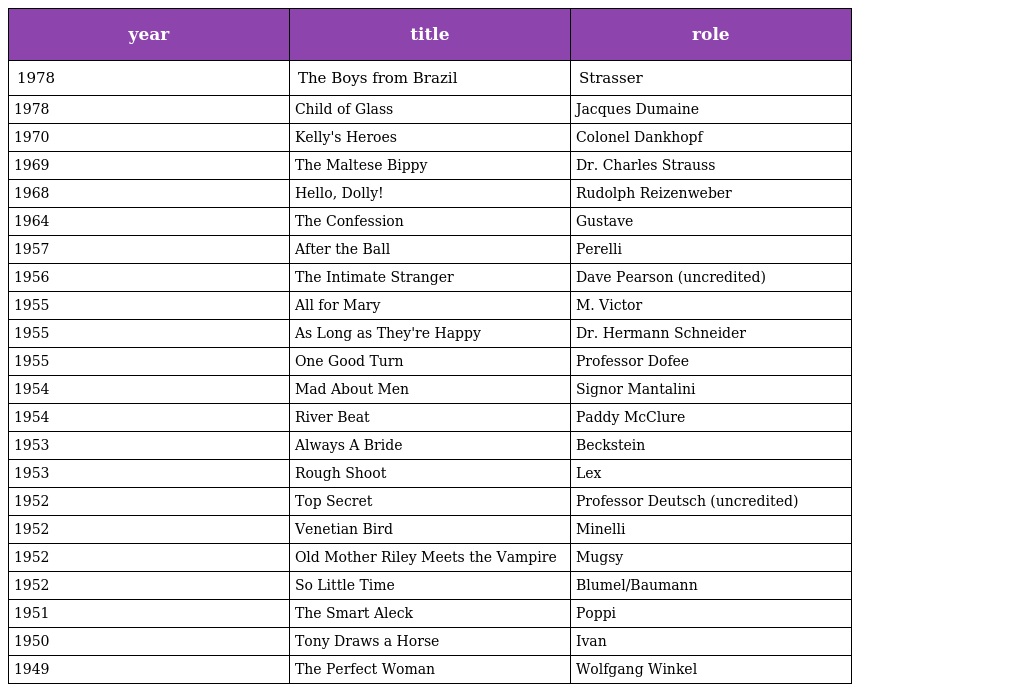
| year | title | role |
 | --- | --- | --- |
 | 1978 | The Boys from Brazil | Strasser |
 | 1978 | Child of Glass | Jacques Dumaine |
 | 1970 | Kelly's Heroes | Colonel Dankhopf |
 | 1969 | The Maltese Bippy | Dr. Charles Strauss |
 | 1968 | Hello, Dolly! | Rudolph Reizenweber |
 | 1964 | The Confession | Gustave |
 | 1957 | After the Ball | Perelli |
 | 1956 | The Intimate Stranger | Dave Pearson (uncredited) |
 | 1955 | All for Mary | M. Victor |
 | 1955 | As Long as They're Happy | Dr. Hermann Schneider |
 | 1955 | One Good Turn | Professor Dofee |
 | 1954 | Mad About Men | Signor Mantalini |
 | 1954 | River Beat | Paddy McClure |
 | 1953 | Always A Bride | Beckstein |
 | 1953 | Rough Shoot | Lex |
 | 1952 | Top Secret | Professor Deutsch (uncredited) |
 | 1952 | Venetian Bird | Minelli |
 | 1952 | Old Mother Riley Meets the Vampire | Mugsy |
 | 1952 | So Little Time | Blumel/Baumann |
 | 1951 | The Smart Aleck | Poppi |
 | 1950 | Tony Draws a Horse | Ivan |
 | 1949 | The Perfect Woman | Wolfgang Winkel |